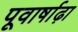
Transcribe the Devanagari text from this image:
पूवार्षाढ़ा